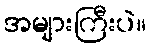
အများကြီးပဲ။